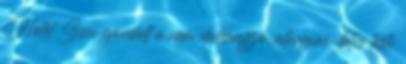
Hotel Sissi gondolt a nem dohányzó, allergiás illetve testi